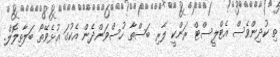
ތި ކުދިންވެސް އެޓްލީސްޓް ރަންކީ ލާރި ބަސްތާ ހުސްވަންދެން އެކުގަ އުޅެވޭތޯ ބަލާތިލޮލް.